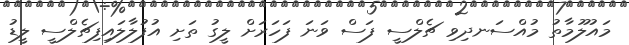
މައުލޫމާތު މުއްސަނދިވި ޗެލްސީ ފަސް ވަނަ ފަހަރަށް ލީގު ތަށި އުފުލާލައިފިޗެލްސީ ލީޑު